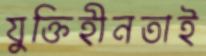
যুক্তিহীনতাই